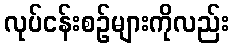
လုပ်ငန်းစဉ်များကိုလည်း